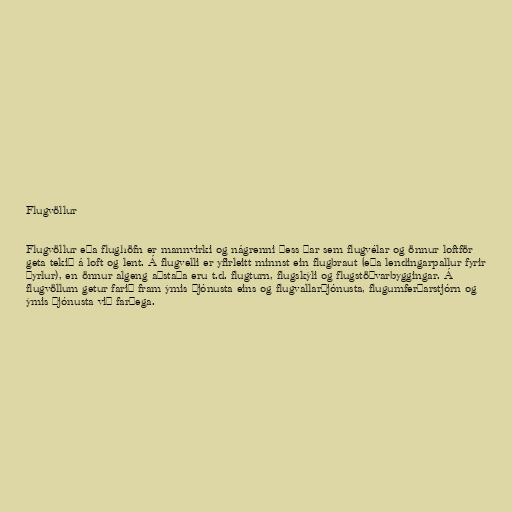
Flugvöllur

Flugvöllur eða flughöfn er mannvirki og nágrenni þess þar sem flugvélar og önnur loftför
geta tekið á loft og lent. Á flugvelli er yfirleitt minnst ein flugbraut (eða lendingarpallur fyrir
þyrlur), en önnur algeng aðstaða eru t.d. flugturn, flugskýli og flugstöðvarbyggingar. Á
flugvöllum getur farið fram ýmis þjónusta eins og flugvallarþjónusta, flugumferðarstjórn og
ýmis þjónusta við farþega.